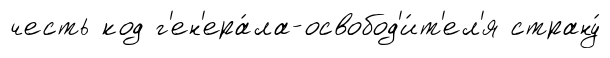
честь код г'ен'ера́ла-освобод'и́т'ел'я страну́